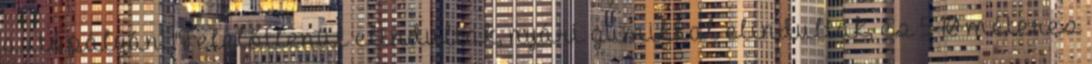
autópályán. "Felelőtlenül elindultak, nyári gumikkal elindultak, és 5-10 méteres